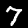
Digit: 7